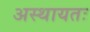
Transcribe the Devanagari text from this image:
अस्थायतः